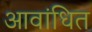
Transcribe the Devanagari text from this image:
आवांधित